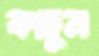
কাচুন